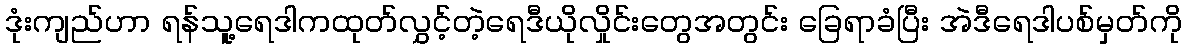
ဒုံးကျည်ဟာ ရန်သူ့ရေဒါကထုတ်လွှင့်တဲ့ရေဒီယိုလှိုင်းတွေအတွင်း ခြေရာခံပြီး အဲဒီရေဒါပစ်မှတ်ကို